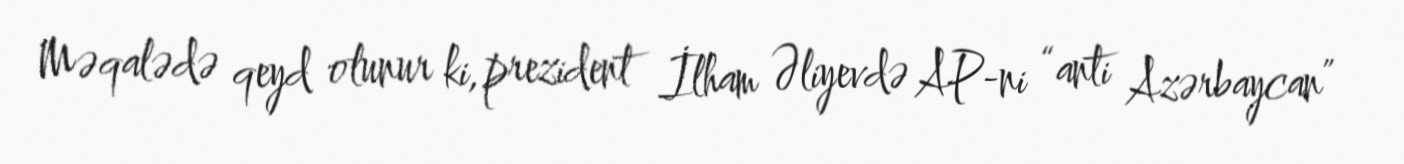
Məqalədə qeyd olunur ki, prezident İlham Əliyevdə AP-ni “anti Azərbaycan”